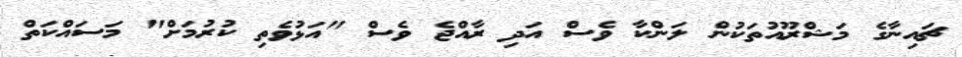
ޗައިނާގެ މަޝްރޫއުތަކުން ލަންކާ ވެސް އަދި ރާއްޖެ ވެސް "އަޅުވެތި ކުރުމަށް" މަސައްކަތް